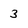
Character: 3